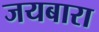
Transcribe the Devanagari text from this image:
जयबारा